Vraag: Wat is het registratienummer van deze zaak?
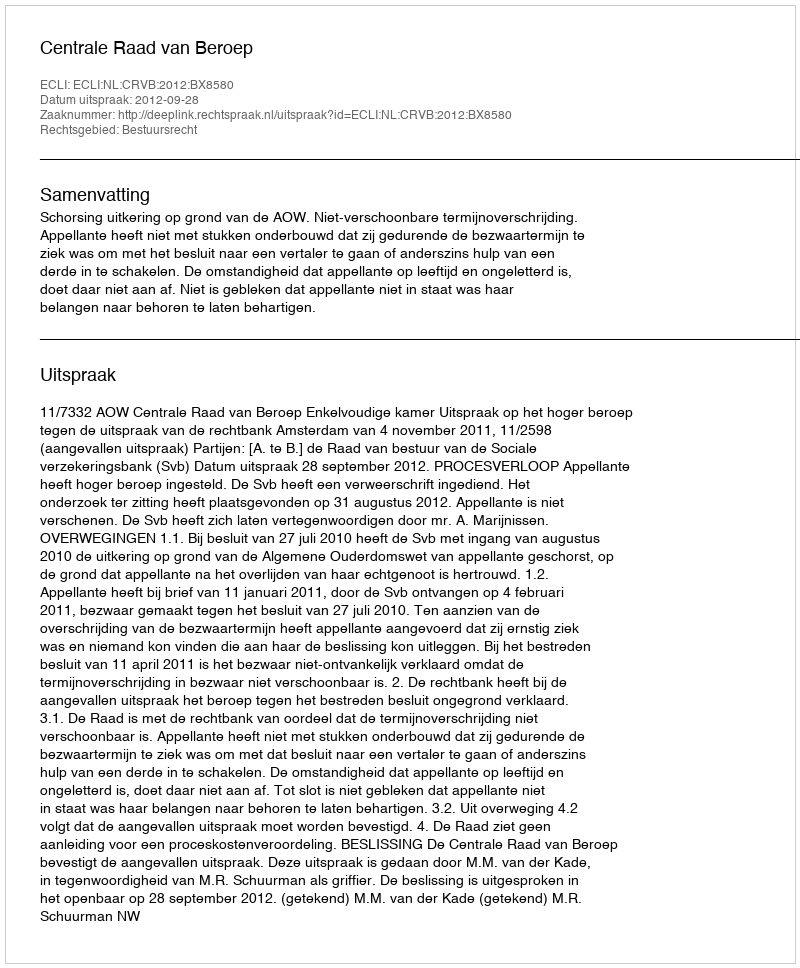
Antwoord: http://deeplink.rechtspraak.nl/uitspraak?id=ECLI:NL:CRVB:2012:BX8580